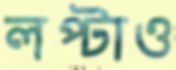
লপ্‌টাও